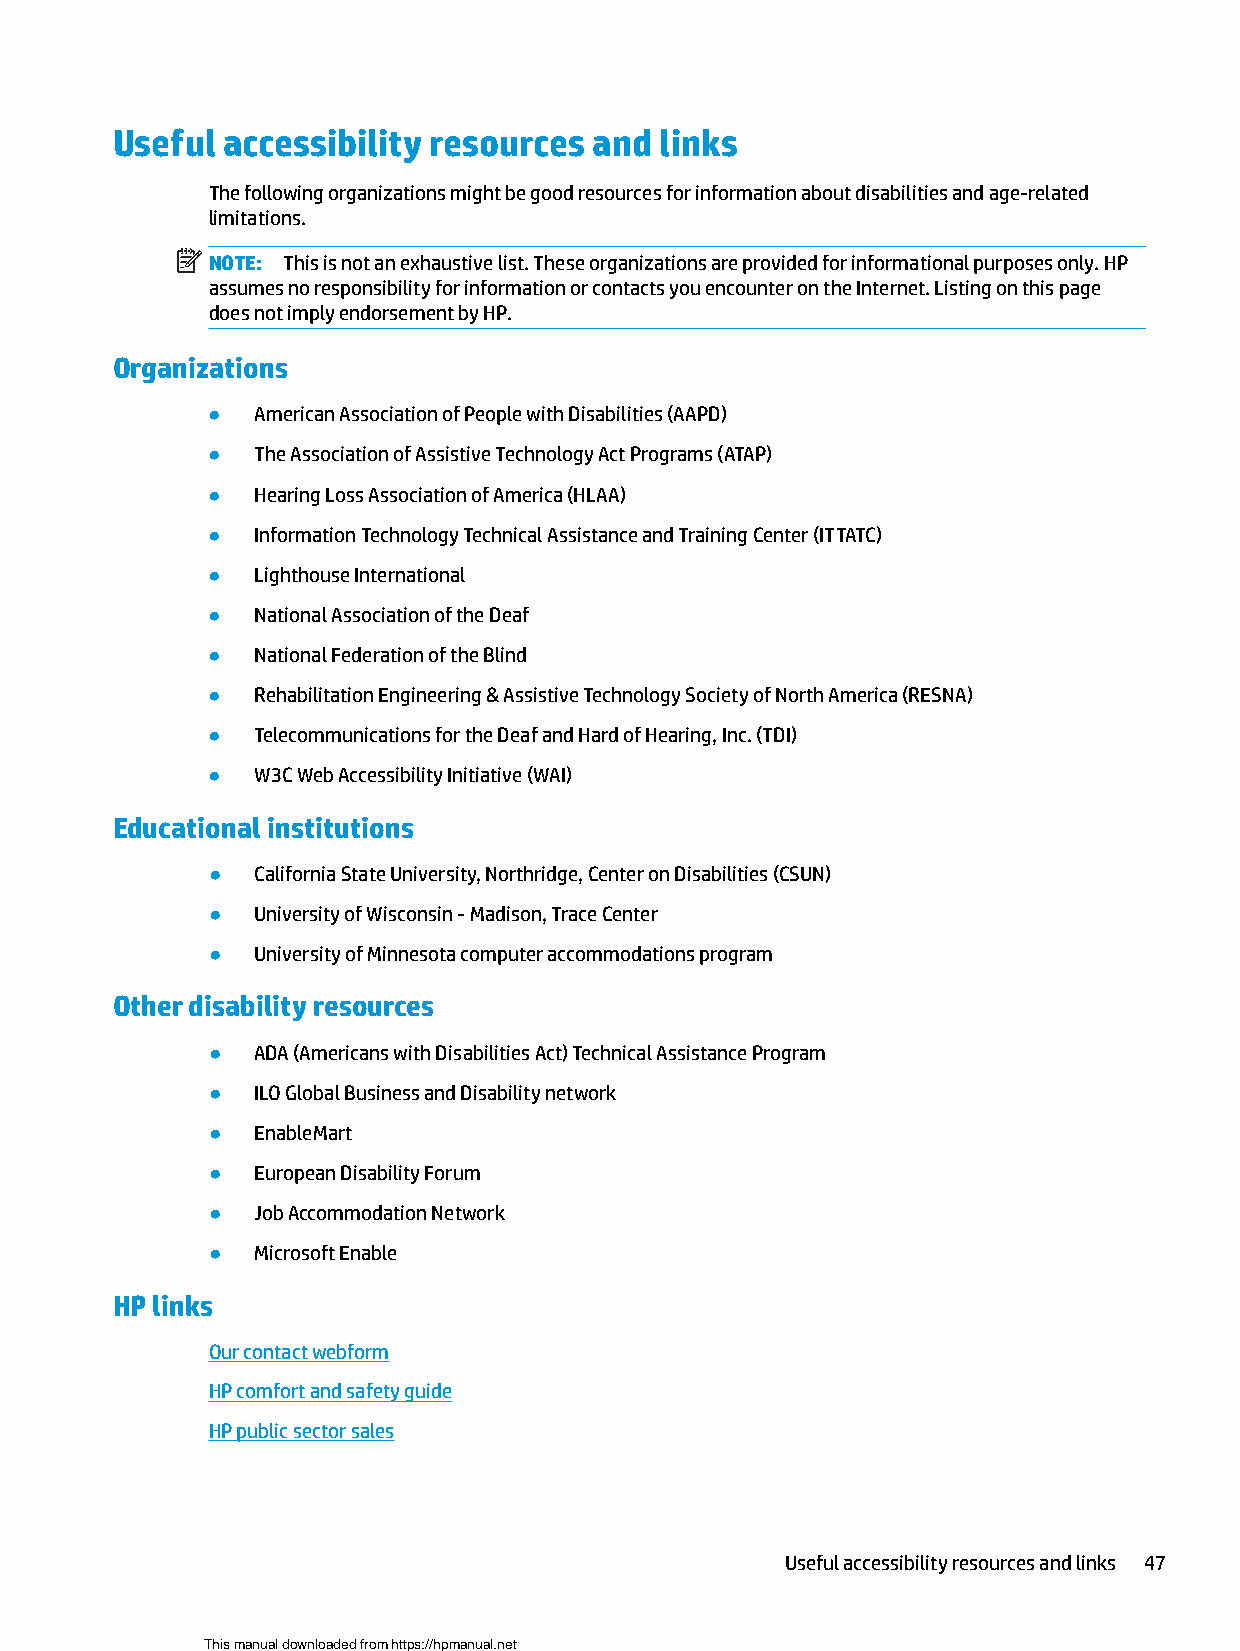
Useful  accessibility resources and  links
 The following organizations might be good resources for information about disabilities and age-related
 limitations.
 NOTE: This is not an exhaustive list. These organizations are provided for informational purposes only. HP
 assumes no responsibility for information or contacts you encounter on the Internet. Listing on this page
 does not imply endorsement by HP.
 Organizations
 ●  American Association of People with Disabilities (AAPD)
 ●  The Association of Assistive Technology Act Programs (ATAP)
 ●  Hearing Loss Association of America (HLAA)
 ●  Information Technology Technical Assistance and Training Center (ITTATC)
 ●  Lighthouse International
 ●  National Association of the Deaf
 ●  National Federation of the Blind
 ●  Rehabilitation Engineering & Assistive Technology Society of North America (RESNA)
 ●  Telecommunications for the Deaf and Hard of Hearing, Inc. (TDI)
 ●  W3C Web Accessibility Initiative (WAI)
 Educational institutions
 ●  California State University, Northridge, Center on Disabilities (CSUN)
 ●  University of Wisconsin - Madison, Trace Center
 ●  University of Minnesota computer accommodations program
 Other disability resources
 ●  ADA (Americans with Disabilities Act) Technical Assistance Program
 ●  ILO Global Business and Disability network
 ●  EnableMart
 ●  European Disability Forum
 ●  Job Accommodation Network
 ●  Microsoft Enable
 HP links
 Our contact webform
 HP comfort and safety guide
 HP public sector sales
 Useful accessibility resources and links 47
 This manual downloaded from https://hpmanual.net